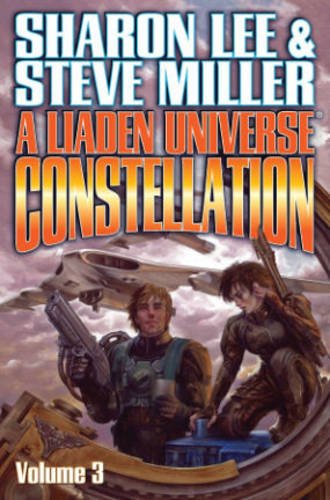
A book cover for Liaden Universe Constellation Volume III (BAEN); Sharon Lee; Science Fiction & Fantasy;